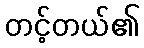
တင့်တယ်၏